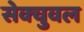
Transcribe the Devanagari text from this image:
सेक्चुवल